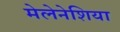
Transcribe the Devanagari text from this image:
मेलेनेशिया